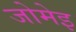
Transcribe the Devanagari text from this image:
जोमेइ